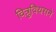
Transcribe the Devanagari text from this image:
वित्रुवियसने